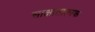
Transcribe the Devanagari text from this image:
साक्षातात्मक